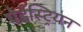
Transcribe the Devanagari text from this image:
पेडेस्ट्रियन